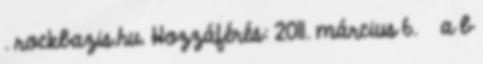
. rockbazis.hu. Hozzáférés: 2011. március 6. ↑ a b